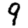
Digit: 9